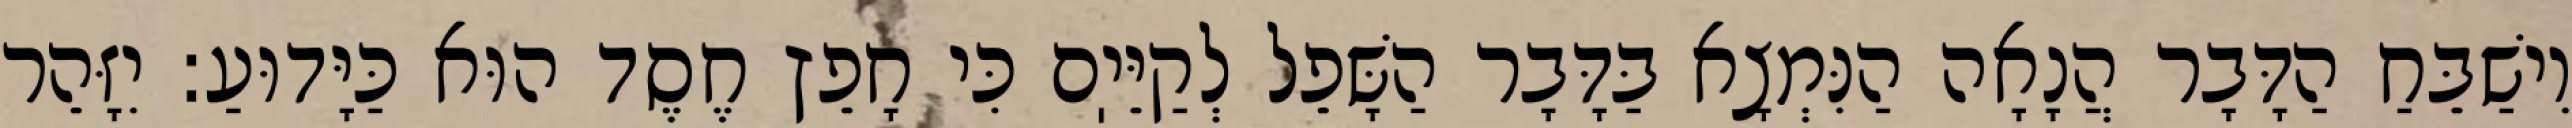
וִישַׁבֵּחַ הַדָּבָר הֲנָאָה הַנִּמְצָא בַּדָּבָר הַשָּׁפֵל לְקַיֵּיֽם כִּי חָפֵץ חֶסֶד הוּא כַּיָּדוּעַ: יִזָּהֵר